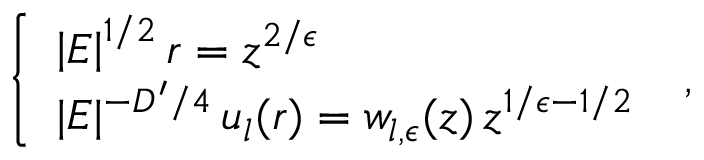
\left\{ \begin{array} { l } { { \left| E \right| ^ { 1 / 2 } r = z ^ { 2 / \epsilon } } } \\ { { | E | ^ { - D ^ { \prime } / 4 } \, u _ { l } ( r ) = w _ { l , \epsilon } ( z ) \, z ^ { 1 / \epsilon - 1 / 2 } } } \end{array} \right. \; ,